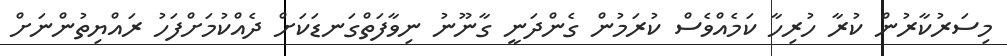
މިސަރުކާރުން ކުރާ ހުރިހާ ކަމެއްވެސް ކުރަމުން ގެންދަނީ ގާނޫނު ނިވާފަތްގަނޑަކަށް ދެއްކުމަށްފަހު ރައްޔިތުންނަށް